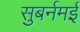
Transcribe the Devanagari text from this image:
सुबर्नमई